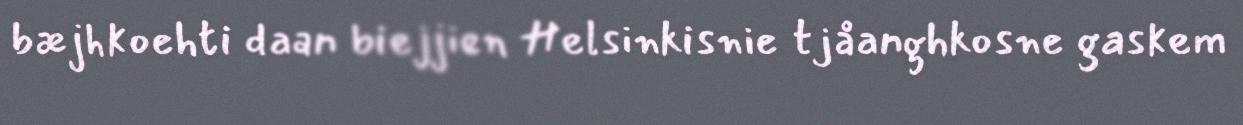
bæjhkoehti daan biejjien Helsinkisnie tjåanghkosne gaskem